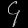
Digit: ၄